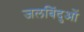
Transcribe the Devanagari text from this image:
जलबिंदुओं